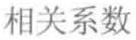
相关系数